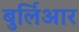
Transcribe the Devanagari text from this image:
बुर्लिआर